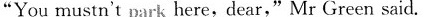
"Youmustn't park here,dear,"Mr Green said.